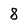
Character: 8